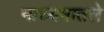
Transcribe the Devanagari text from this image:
माध्यमातले